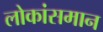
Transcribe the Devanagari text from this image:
लोकांसमान